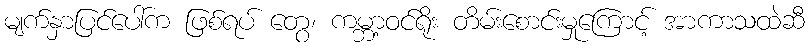
မျက်နှာပြင်ပေါ်က ဖြစ်ရပ် တွေ၊ ကမ္ဘာ့ဝင်ရိုး တိမ်းစောင်းမှုကြောင့် အာကာသထဲဆီ